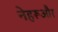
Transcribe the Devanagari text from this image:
नेहरूऔर